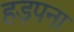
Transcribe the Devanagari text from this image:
हड़पना